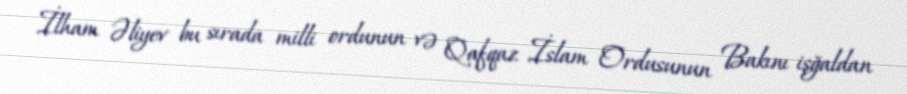
İlham Əliyev bu sırada milli ordunun və Qafqaz İslam Ordusunun Bakını işğaldan